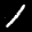
Label: 1